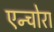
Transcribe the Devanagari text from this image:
एन्चोरा